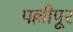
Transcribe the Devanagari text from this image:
पल्लीपूर